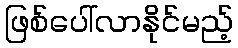
ဖြစ်ပေါ်လာနိုင်မည့်